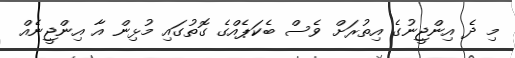
މި ދެ އިންޖީނުގެ އިތުރަށް ވެސް ބެކަޕެއްގެ ގޮތުގައި މުޅިން އާ އިންޖީނެއް